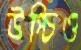
উপ্‌চিও